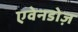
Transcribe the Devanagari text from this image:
एवेनडोज़